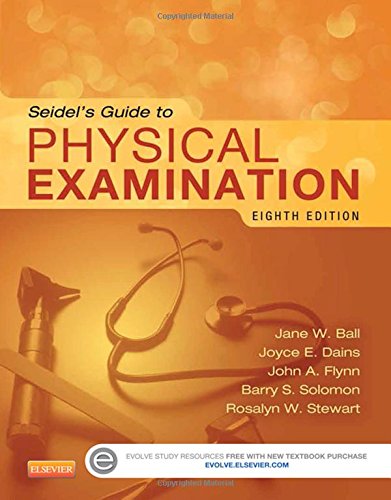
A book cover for Seidel's Guide to Physical Examination, 8e (Mosby's Guide to Physical Examination (Seidel)); Jane W. Ball RN  DrPH  CPNP  DPNAP; Medical Books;